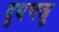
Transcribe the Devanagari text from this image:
दुधणजु